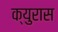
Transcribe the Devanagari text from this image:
क्युरास